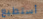
أستطيع